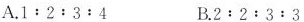
A.1 : 2 : 3 : 4 B.2 : 2 : 3 : 3